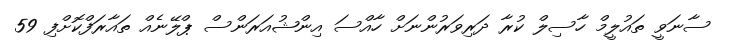
ސާނަވީ ތައުލީމް ހާސިލް ކުރާ ދަރިވަރުންނަށް ހާއްސަ އިންޝުއަރަންސް ޕްލޭނެއް ތައާރަފްކޮށްފި 59